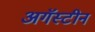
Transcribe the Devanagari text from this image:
अगॅस्टीन